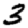
Digit: 3